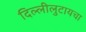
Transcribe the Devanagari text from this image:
दिल्लीलुटायचा